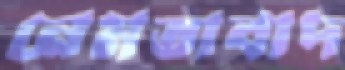
নেমতাবাদ